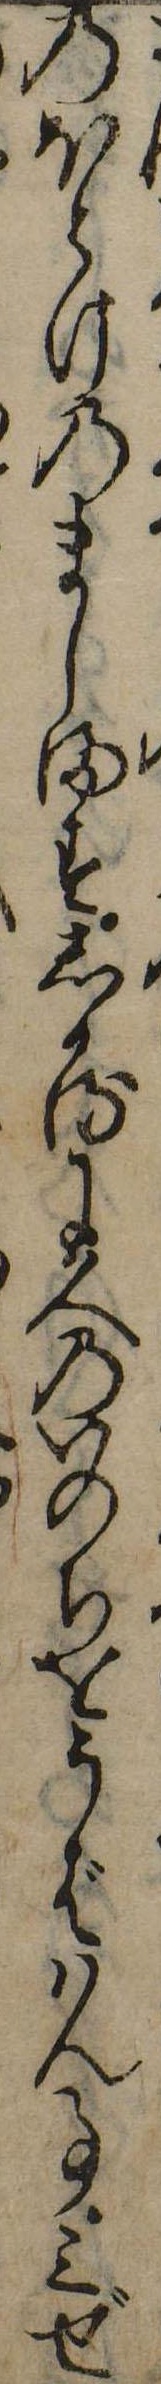
のほとけのましますしかるに人のいのちをうばはん事三ぜ